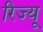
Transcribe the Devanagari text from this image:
रिज्यू